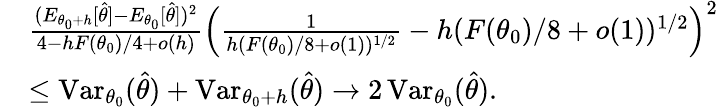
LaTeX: \begin{array}{rl}&{\frac{(E_{{\theta_{0}}+h}[\widehat\theta]-E_{\theta_{0}}[\widehat\theta])^{2}}{4-hF(\theta_{0})/4+o(h)}\Big(\frac{1}{h(F({\theta_{0}})/8+o(1))^{1/2}}-h(F({\theta_{0}})/8+o(1))^{1/2}\Big)^{2}}\\ &{\leq\operatorname{Var}_{\theta_{0}}(\widehat\theta)+\operatorname{Var}_{{\theta_{0}}+h}(\widehat\theta)\rightarrow 2\operatorname{Var}_{\theta_{0}}(\widehat\theta).}\end{array}